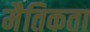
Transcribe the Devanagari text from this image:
मैतिकता